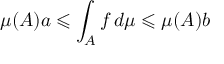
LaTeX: \mu ( A ) a \leqslant \int _ { A } f \, d \mu \leqslant \mu ( A ) b